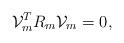
LaTeX: \begin{align*}{\mathcal V}_m^T R_m {\mathcal V}_m =0,\end{align*}